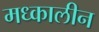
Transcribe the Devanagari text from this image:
मध्कालीन